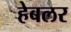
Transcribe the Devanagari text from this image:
हेबलर